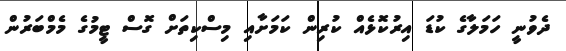
ދެވުނީ ހަމަލާގެ ކުޑަ އިރުކޮޅެއް ކުރިން ކަމަށާއި މިސްކިތަށް ގޮސް ޓީމުގެ މެމްބަރުން